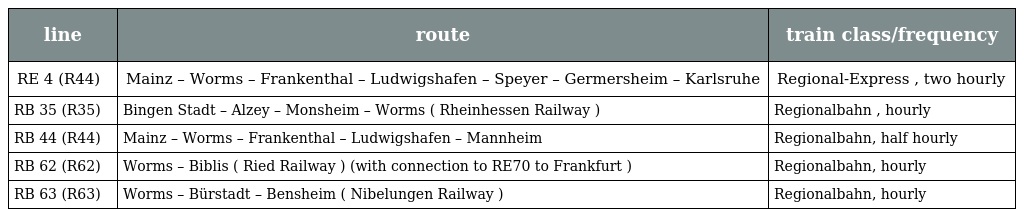
| line | route | train class/frequency |
 | --- | --- | --- |
 | RE 4 (R44) | Mainz – Worms – Frankenthal – Ludwigshafen – Speyer – Germersheim – Karlsruhe | Regional-Express , two hourly |
 | RB 35 (R35) | Bingen Stadt – Alzey – Monsheim – Worms ( Rheinhessen Railway ) | Regionalbahn , hourly |
 | RB 44 (R44) | Mainz – Worms – Frankenthal – Ludwigshafen – Mannheim | Regionalbahn, half hourly |
 | RB 62 (R62) | Worms – Biblis ( Ried Railway ) (with connection to RE70 to Frankfurt ) | Regionalbahn, hourly |
 | RB 63 (R63) | Worms – Bürstadt – Bensheim ( Nibelungen Railway ) | Regionalbahn, hourly |